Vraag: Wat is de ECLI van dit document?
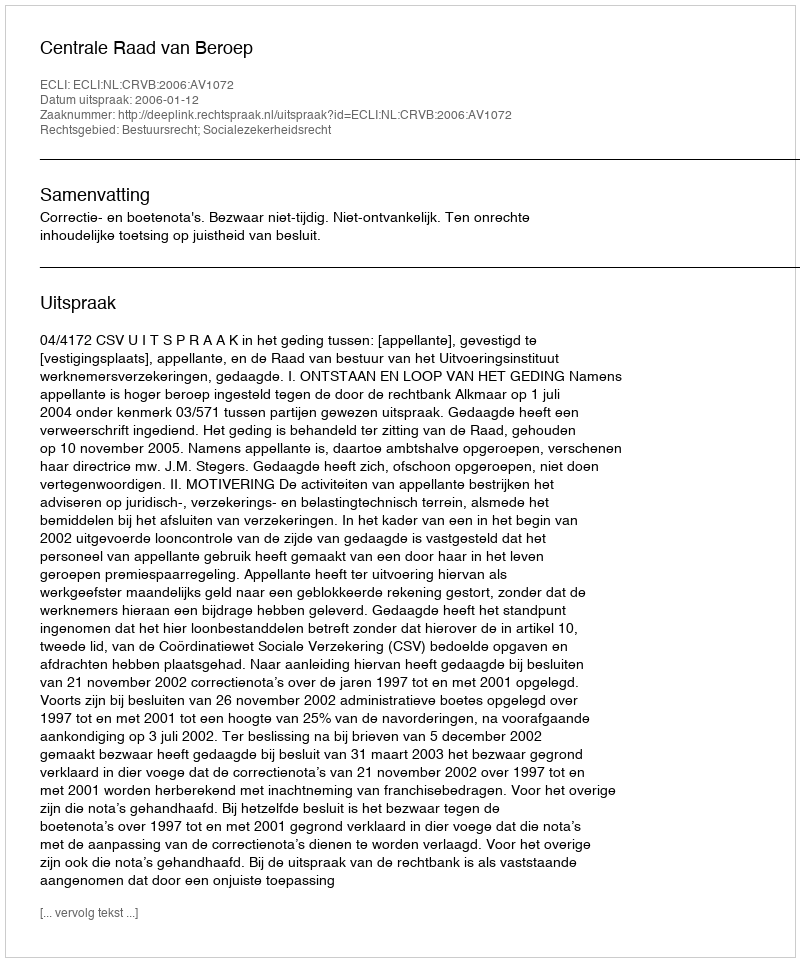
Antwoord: ECLI:NL:CRVB:2006:AV1072